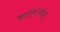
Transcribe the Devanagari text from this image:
कादंबऱ्यांत